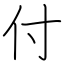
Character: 付